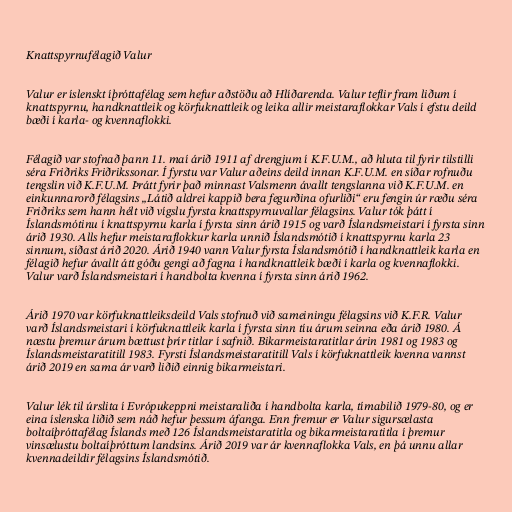
Knattspyrnufélagið Valur

Valur er íslenskt íþróttafélag sem hefur aðstöðu að Hlíðarenda. Valur teflir fram liðum í
knattspyrnu, handknattleik og körfuknattleik og leika allir meistaraflokkar Vals í efstu deild
bæði í karla- og kvennaflokki.

Félagið var stofnað þann 11. maí árið 1911 af drengjum í K.F.U.M., að hluta til fyrir tilstilli
séra Friðriks Friðrikssonar. Í fyrstu var Valur aðeins deild innan K.F.U.M. en síðar rofnuðu
tengslin við K.F.U.M. Þrátt fyrir það minnast Valsmenn ávallt tengslanna við K.F.U.M. en
einkunnarorð félagsins „Látið aldrei kappið bera fegurðina ofurliði“ eru fengin úr ræðu séra
Friðriks sem hann hélt við vígslu fyrsta knattspyrnuvallar félagsins. Valur tók þátt í
Íslandsmótinu í knattspyrnu karla í fyrsta sinn árið 1915 og varð Íslandsmeistari í fyrsta sinn
árið 1930. Alls hefur meistaraflokkur karla unnið Íslandsmótið í knattspyrnu karla 23
sinnum, síðast árið 2020. Árið 1940 vann Valur fyrsta Íslandsmótið í handknattleik karla en
félagið hefur ávallt átt góðu gengi að fagna í handknattleik bæði í karla og kvennaflokki.
Valur varð Íslandsmeistari í handbolta kvenna í fyrsta sinn árið 1962.

Árið 1970 var körfuknattleiksdeild Vals stofnuð við sameiningu félagsins við K.F.R. Valur
varð Íslandsmeistari í körfuknattleik karla í fyrsta sinn tíu árum seinna eða árið 1980. Á
næstu þremur árum bættust þrír titlar í safnið. Bikarmeistaratitlar árin 1981 og 1983 og
Íslandsmeistaratitill 1983. Fyrsti Íslandsmeistaratitill Vals í körfuknattleik kvenna vannst
árið 2019 en sama ár varð liðið einnig bikarmeistari.

Valur lék til úrslita í Evrópukeppni meistaraliða í handbolta karla, tímabilið 1979-80, og er
eina íslenska liðið sem náð hefur þessum áfanga. Enn fremur er Valur sigursælasta
boltaíþróttafélag Íslands með 126 Íslandsmeistaratitla og bikarmeistaratitla í þremur
vinsælustu boltaíþróttum landsins. Árið 2019 var ár kvennaflokka Vals, en þá unnu allar
kvennadeildir félagsins Íslandsmótið.